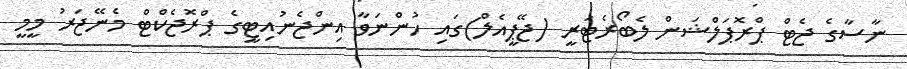
ނާސާގެ ޖެޓް ޕްރޮޕަލްޝަން ލެބޯރެޓަރީ (ޖޭޕީއެލް)ގައި ހުންނަވާ އިންޖެނުއިޓީގެ ޕްރޮޖެކްޓް މެނޭޖަރު މީމީ